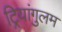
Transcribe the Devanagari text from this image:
ट्रियांगुलम